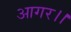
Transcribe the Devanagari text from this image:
आगर।।